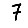
Digit: 7